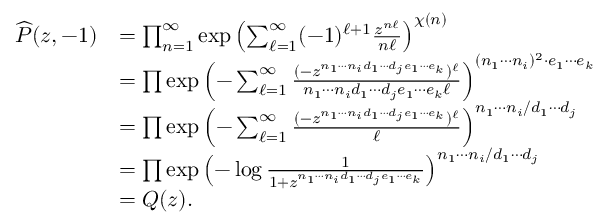
\begin{array} { r l } { \widehat { P } ( z , - 1 ) } & { = \prod _ { n = 1 } ^ { \infty } \exp \left( \sum _ { \ell = 1 } ^ { \infty } ( - 1 ) ^ { \ell + 1 } \frac { z ^ { n \ell } } { n \ell } \right) ^ { \chi ( n ) } } \\ & { = \prod \exp \left( - \sum _ { \ell = 1 } ^ { \infty } \frac { ( - z ^ { n _ { 1 } \cdots n _ { i } d _ { 1 } \cdots d _ { j } e _ { 1 } \cdots e _ { k } } ) ^ { \ell } } { n _ { 1 } \cdots n _ { i } d _ { 1 } \cdots d _ { j } e _ { 1 } \cdots e _ { k } \ell } \right) ^ { ( n _ { 1 } \cdots n _ { i } ) ^ { 2 } \cdot e _ { 1 } \cdots e _ { k } } } \\ & { = \prod \exp \left( - \sum _ { \ell = 1 } ^ { \infty } \frac { ( - z ^ { n _ { 1 } \cdots n _ { i } d _ { 1 } \cdots d _ { j } e _ { 1 } \cdots e _ { k } } ) ^ { \ell } } { \ell } \right) ^ { n _ { 1 } \cdots n _ { i } / d _ { 1 } \cdots d _ { j } } } \\ & { = \prod \exp \left( - \log \frac { 1 } { 1 + z ^ { n _ { 1 } \cdots n _ { i } d _ { 1 } \cdots d _ { j } e _ { 1 } \cdots e _ { k } } } \right) ^ { n _ { 1 } \cdots n _ { i } / d _ { 1 } \cdots d _ { j } } } \\ & { = Q ( z ) . } \end{array}